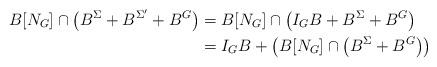
LaTeX: \begin{align*}B[N_G]\cap\bigl(B^{\Sigma}+B^{\Sigma'}+B^{G}\bigr) &= B[N_G]\cap\bigl(I_GB +B^{\Sigma}+B^{G}\bigr)\\&=I_GB + \bigl(B[N_G]\cap\bigl(B^{\Sigma}+B^{G}\bigr)\bigr)\end{align*}